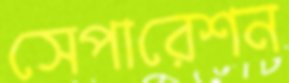
সেপারেশন